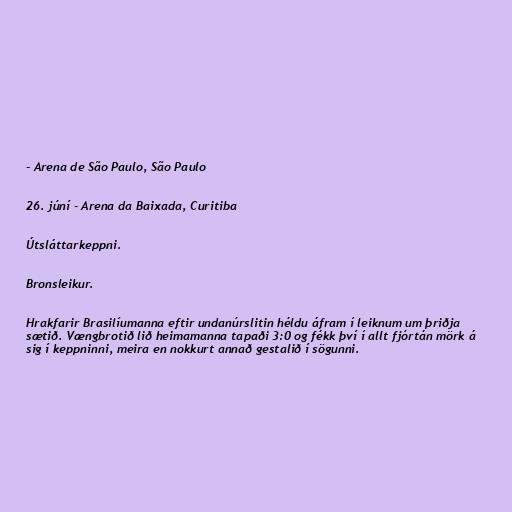
- Arena de São Paulo, São Paulo

26. júní - Arena da Baixada, Curitiba

Útsláttarkeppni.

Bronsleikur.

Hrakfarir Brasilíumanna eftir undanúrslitin héldu áfram í leiknum um þriðja
sætið. Vængbrotið lið heimamanna tapaði 3:0 og fékk því í allt fjórtán mörk á
sig í keppninni, meira en nokkurt annað gestalið í sögunni.